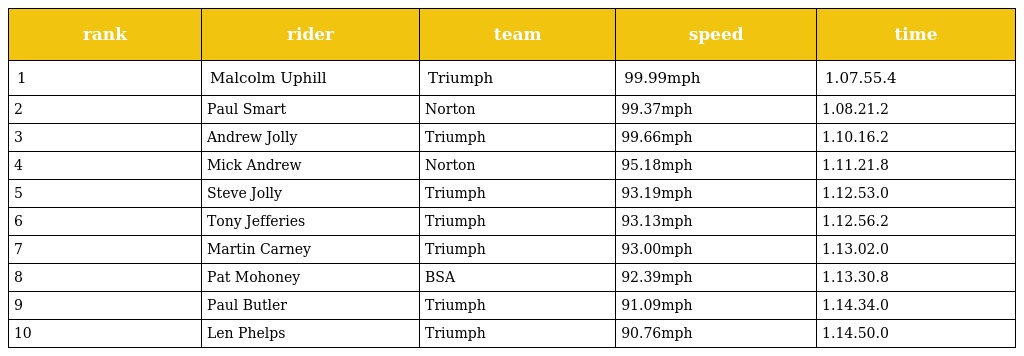
| rank | rider | team | speed | time |
 | --- | --- | --- | --- | --- |
 | 1 | Malcolm Uphill | Triumph | 99.99mph | 1.07.55.4 |
 | 2 | Paul Smart | Norton | 99.37mph | 1.08.21.2 |
 | 3 | Andrew Jolly | Triumph | 99.66mph | 1.10.16.2 |
 | 4 | Mick Andrew | Norton | 95.18mph | 1.11.21.8 |
 | 5 | Steve Jolly | Triumph | 93.19mph | 1.12.53.0 |
 | 6 | Tony Jefferies | Triumph | 93.13mph | 1.12.56.2 |
 | 7 | Martin Carney | Triumph | 93.00mph | 1.13.02.0 |
 | 8 | Pat Mohoney | BSA | 92.39mph | 1.13.30.8 |
 | 9 | Paul Butler | Triumph | 91.09mph | 1.14.34.0 |
 | 10 | Len Phelps | Triumph | 90.76mph | 1.14.50.0 |